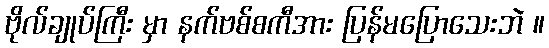
ဗိုလ်ချုပ်ကြီး မှာ နက်ဗစ်စကီအား ပြန်မပြောသေးဘဲ ။